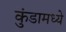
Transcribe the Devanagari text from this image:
कुंडामध्ये